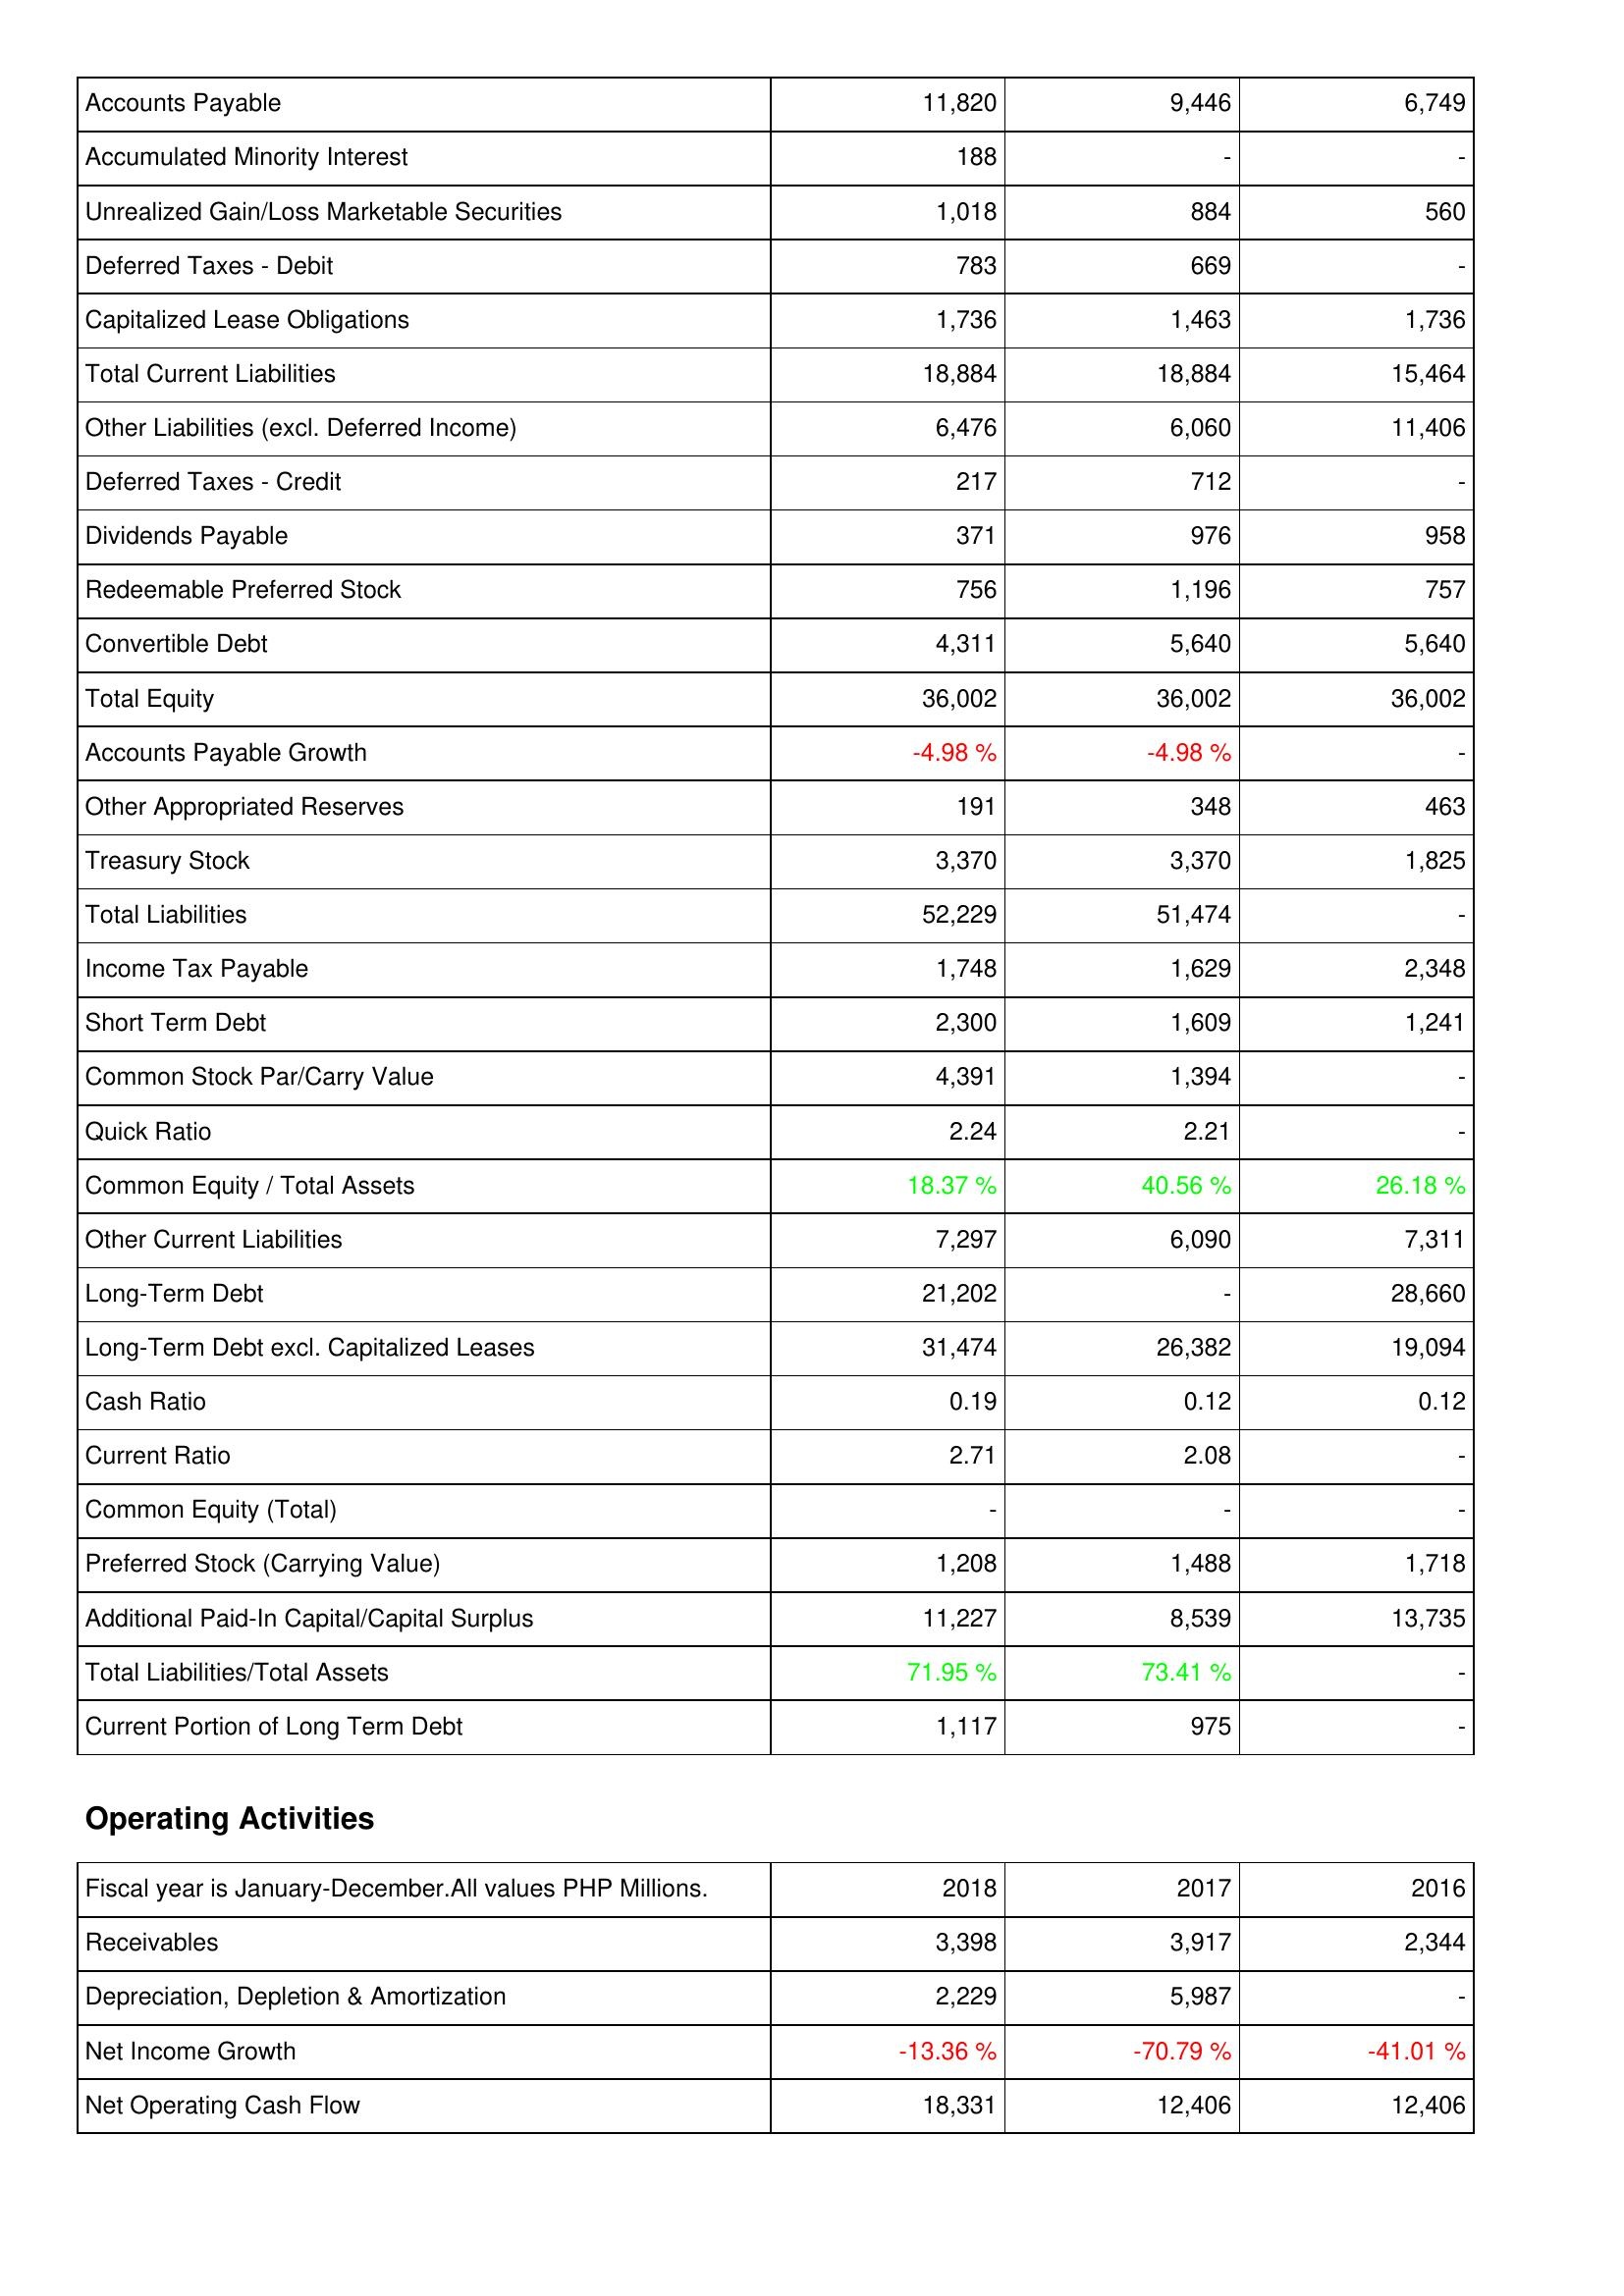
2018: Liabilities & Shareholders' Equity: Accounts Payable: 11,820
Accumulated Minority Interest: 188
Unrealized Gain/Loss Marketable Securities: 1,018
Deferred Taxes - Debit: 783
Capitalized Lease Obligations: 1,736
Total Current Liabilities: 18,884
Other Liabilities (excl. Deferred Income): 6,476
Deferred Taxes - Credit: 217
Dividends Payable: 371
Redeemable Preferred Stock: 756
Convertible Debt: 4,311
Total Equity: 36,002
Accounts Payable Growth: -4.98 %
Other Appropriated Reserves: 191
Treasury Stock: 3,370
Total Liabilities: 52,229
Income Tax Payable: 1,748
Short Term Debt: 2,300
Common Stock Par/Carry Value: 4,391
Quick Ratio: 2.24
Common Equity / Total Assets: 18.37 %
Other Current Liabilities: 7,297
Long-Term Debt: 21,202
Long-Term Debt excl. Capitalized Leases: 31,474
Cash Ratio: 0.19
Current Ratio: 2.71
Common Equity (Total): -
Preferred Stock (Carrying Value): 1,208
Additional Paid-In Capital/Capital Surplus: 11,227
Total Liabilities/Total Assets: 71.95 %
Current Portion of Long Term Debt: 1,117
Operating Activities: Receivables: 3,398
Depreciation, Depletion & Amortization: 2,229
Net Income Growth: -13.36 %
Net Operating Cash Flow: 18,331
2017: Liabilities & Shareholders' Equity: Accounts Payable: 9,446
Accumulated Minority Interest: -
Unrealized Gain/Loss Marketable Securities: 884
Deferred Taxes - Debit: 669
Capitalized Lease Obligations: 1,463
Total Current Liabilities: 18,884
Other Liabilities (excl. Deferred Income): 6,060
Deferred Taxes - Credit: 712
Dividends Payable: 976
Redeemable Preferred Stock: 1,196
Convertible Debt: 5,640
Total Equity: 36,002
Accounts Payable Growth: -4.98 %
Other Appropriated Reserves: 348
Treasury Stock: 3,370
Total Liabilities: 51,474
Income Tax Payable: 1,629
Short Term Debt: 1,609
Common Stock Par/Carry Value: 1,394
Quick Ratio: 2.21
Common Equity / Total Assets: 40.56 %
Other Current Liabilities: 6,090
Long-Term Debt: -
Long-Term Debt excl. Capitalized Leases: 26,382
Cash Ratio: 0.12
Current Ratio: 2.08
Common Equity (Total): -
Preferred Stock (Carrying Value): 1,488
Additional Paid-In Capital/Capital Surplus: 8,539
Total Liabilities/Total Assets: 73.41 %
Current Portion of Long Term Debt: 975
Operating Activities: Receivables: 3,917
Depreciation, Depletion & Amortization: 5,987
Net Income Growth: -70.79 %
Net Operating Cash Flow: 12,406
2016: Liabilities & Shareholders' Equity: Accounts Payable: 6,749
Accumulated Minority Interest: -
Unrealized Gain/Loss Marketable Securities: 560
Deferred Taxes - Debit: -
Capitalized Lease Obligations: 1,736
Total Current Liabilities: 15,464
Other Liabilities (excl. Deferred Income): 11,406
Deferred Taxes - Credit: -
Dividends Payable: 958
Redeemable Preferred Stock: 757
Convertible Debt: 5,640
Total Equity: 36,002
Accounts Payable Growth: -
Other Appropriated Reserves: 463
Treasury Stock: 1,825
Total Liabilities: -
Income Tax Payable: 2,348
Short Term Debt: 1,241
Common Stock Par/Carry Value: -
Quick Ratio: -
Common Equity / Total Assets: 26.18 %
Other Current Liabilities: 7,311
Long-Term Debt: 28,660
Long-Term Debt excl. Capitalized Leases: 19,094
Cash Ratio: 0.12
Current Ratio: -
Common Equity (Total): -
Preferred Stock (Carrying Value): 1,718
Additional Paid-In Capital/Capital Surplus: 13,735
Total Liabilities/Total Assets: -
Current Portion of Long Term Debt: -
Operating Activities: Receivables: 2,344
Depreciation, Depletion & Amortization: -
Net Income Growth: -41.01 %
Net Operating Cash Flow: 12,406